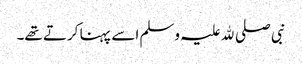
نبی صلی ﷲ علیہ وسلم اسے پہنا کرتے تھے۔